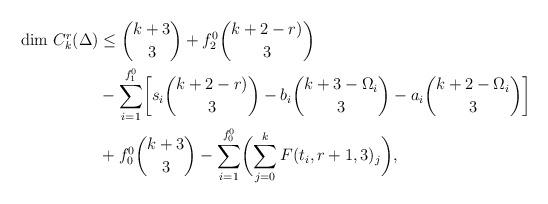
LaTeX: \begin{align*}\dim \,C_k^r(\Delta)&\leq \binom{k+3}{3}+f_2^0\binom{k+2-r)}{3}\\&-\sum_{i=1}^{f_1^0}\biggl[s_i\binom{k+2-r)}{3}- b_i\binom{k+3- \Omega_i}{3}- a_i\binom{k+2-\Omega_i}{3}\biggr]\\&+f_0^0\binom{k+3}{3}-\sum_{i=1}^{f_0^0} \biggl(\sum_{j=0}^k F(t_i,r+1,3)_j\biggr),\end{align*}